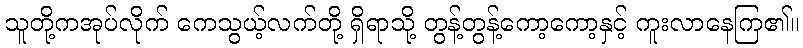
သူတို့ကအုပ်လိုက် ကေသွယ့်လက်တို့ ရှိရာသို့ တွန့်တွန့်ကော့ကော့နှင့် ကူးလာနေကြ၏။